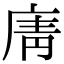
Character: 𢉑